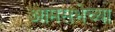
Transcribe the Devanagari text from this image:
आमसभेच्या